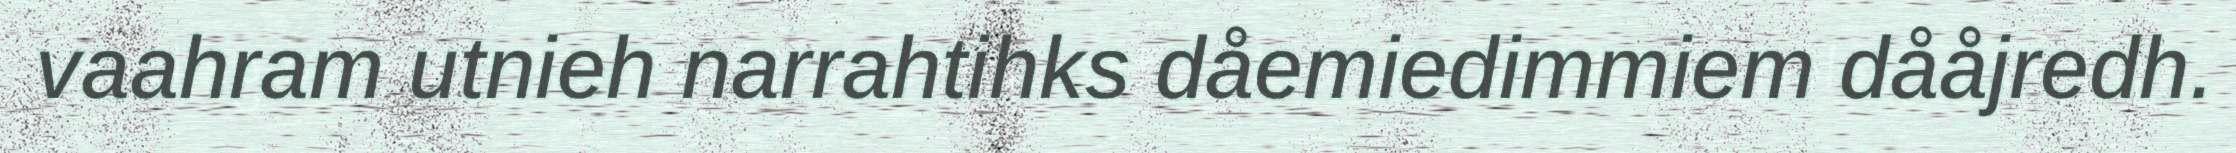
vaahram utnieh narrahtihks dåemiedimmiem dååjredh.